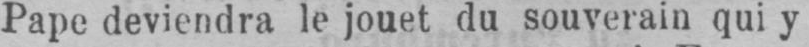
Pape deviendra le jouet du souverain qui y